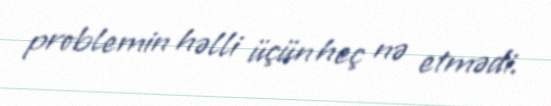
problemin həlli üçün heç nə etmədi.